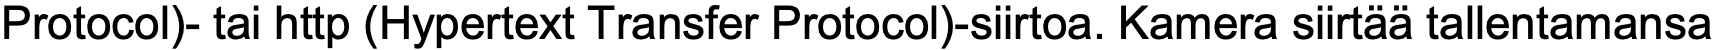
Protocol)- tai http (Hypertext Transfer Protocol)-siirtoa. Kamera siirtää tallentamansa